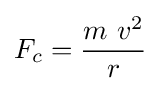
F_{c}={\frac {m\ v^{2}}{r}}